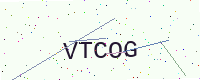
Text: VTCOG